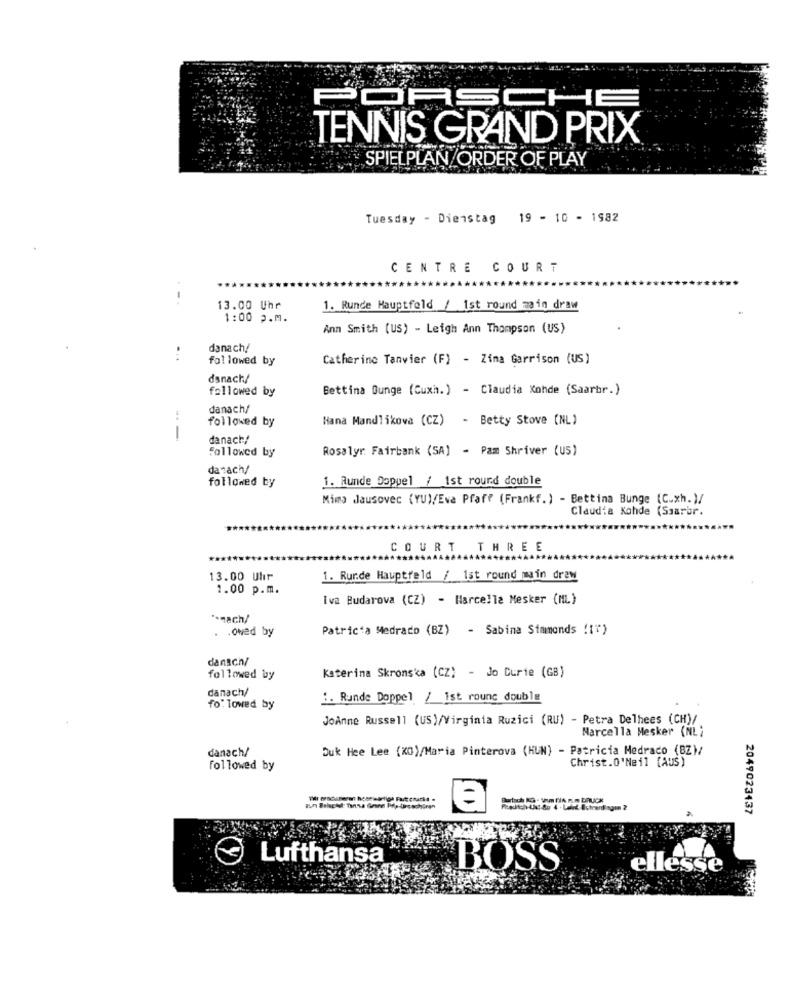
PORSCHE
TENNIS GRAND PRIX
SPIELPLAN ORDER OF PLAY
Tuesday - Dienstag 19 - 10 - 1982
CENTRE COURT
-
13.00 Uhr
1. Runde Hauptfeld / 1st round main draw
1:00 p.m.
Ann Smith (US) - Leigh Ann Thompson (US)
danach/
followed by
Catherine Tanvier (F) - Zima Garrison (US)
danach/
followed by
Bettina Ounge (Cuxh.) - Claudia Kohde (Saarbr.)
danach/
followed by
Hana Mandlikova (CZ) - Betty Stove (NL)
danach/
Followed by
Rosalyr Fairbank (SA) - Pam Shriver (US)
danach/
followed by
1. Runde Doppel / 1st round double
Mima Jausovec (YU)/Eva Pfaff (Frankf.) - Bettina Bunge (C.xh. )/
Claudia Kohde (Ssarbr.
COURT THREE
13.00 Uhr
1. Runde Hauptfeld / 1st round main draw
1.00 p.m.
Iva Budarova (CZ) - Marcella Mesker (ML)
*. nach/
.
.owed by
Patricia Medrado (BZ) - Sabina Simmonds ![")
danach/
followed by
Katerina Skronska (CZ) - Jo Curie (GB)
danach/
1. Runde Doppel / Ist rounc double
fo" lowed by
JoAnne Russell (US)/Virginia Ruzici (RU) - Petra Delhees (CH)/
Marcella Mesker (NL)
danach/
Duk Hee Lee (KO)/Maria Pinterova (HUN) - Patricia Medraco (BZ)/
followed by
Christ.0'Neil (AUS)
aun Belschol: Tan'sa Granel Pop-tirs schiren
2049023437
Lufthansa
BOSS
ellesse